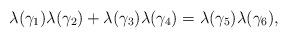
LaTeX: \begin{align*}\lambda(\gamma_1)\lambda(\gamma_2)+\lambda(\gamma_3)\lambda(\gamma_4)=\lambda(\gamma_5)\lambda(\gamma_6),\end{align*}